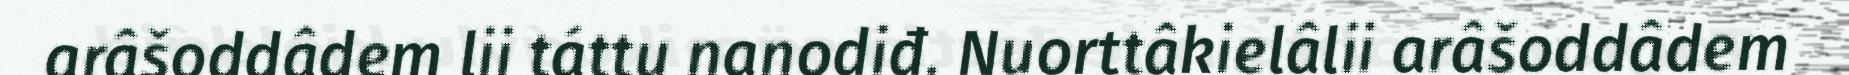
arâšoddâdem lii táttu nanodiđ. Nuorttâkielâlii arâšoddâdem